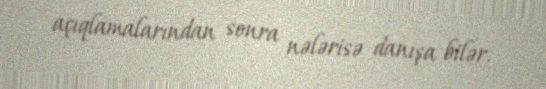
açıqlamalarından sonra nələrisə danışa bilər.